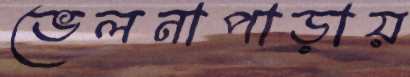
ভেলনাপাড়ায়